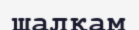
шалқам